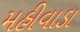
મહીવાડા